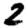
Digit: 2